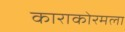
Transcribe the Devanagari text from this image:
काराकोरमला